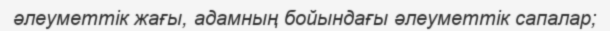
әлеуметтік жағы, адамның бойындағы әлеуметтік сапалар;